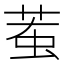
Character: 𧊝